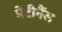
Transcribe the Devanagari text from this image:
मेंटीनैंस